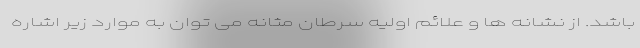
باشد. از نشانه ها و علائم اولیه سرطان مثانه می توان به موارد زیر اشاره